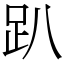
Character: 趴